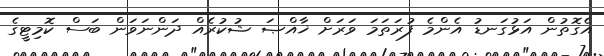
އެގޮތުން އަޅުގަނޑު އެންމެ ފުރަތަމަ ވަރަށް ޚާއްޞަ ޝުކުރެއް ދަންނަވަން ބަސް ކޮމިޓީގެ